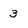
Character: 3